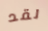
لقد